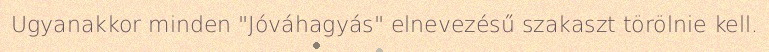
Ugyanakkor minden "Jóváhagyás" elnevezésű szakaszt törölnie kell.